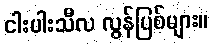
ငါးပါးသီလ လွန်ပြစ်များ။